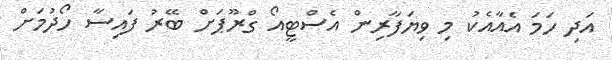
އަދި ހަމަ އެއާއެކު މި ވިޔަފާރިން އެސްޓީއޯ ގްރޫޕަށް ބޭރު ފައިސާ ހޯދުމަށް